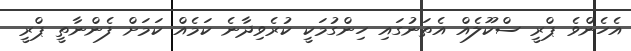
އެހެންވެ ޕްރީ ސްކޫލެއް އެތަނުގައި ހިންގުމަކީ ކުރެވިދާނެ ކަމެއް ކަމަށް ފެންނާތީ ޕްރީ